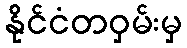
နိုင်ငံတဝှမ်းမှ